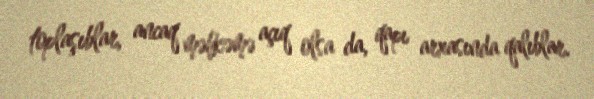
toplaşıblar, ancaq məhkəmə açıq olsa da, qapı arxasında qalıblar.